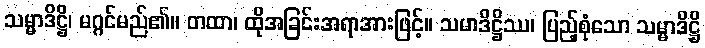
သမ္မာဒိဋ္ဌိ၊ မဂ္ဂင်မည်၏။ တထာ၊ ထိုအခြင်းအရာအားဖြင့်။ သမာဒိဋ္ဌိဿ၊ ပြည့်စုံသော သမ္မာဒိဋ္ဌိ